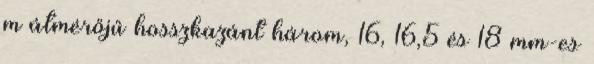
m átmérőjű hosszkazánt három, 16, 16,5 és 18 mm-es